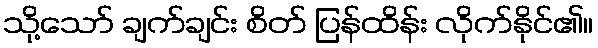
သို့သော် ချက်ချင်း စိတ် ပြန်ထိန်း လိုက်နိုင်၏။